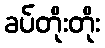
ခပ်တိုးတိုး